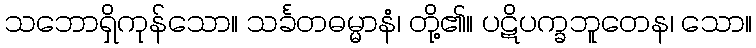
သဘောရှိကုန်သော။ သင်္ခတဓမ္မာနံ၊ တို့၏။ ပဋိပက္ခဘူတေန၊ သော။